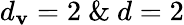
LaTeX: d_{\mathbf{v}}=2\ \& \ d=2